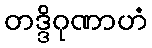
တဒ္ဒိဂုဏာဟံ